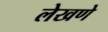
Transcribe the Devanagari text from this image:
लेखणे